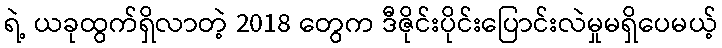
ရဲ့ ယခုထွက်ရှိလာတဲ့ 2018 တွေက ဒီဇိုင်းပိုင်းပြောင်းလဲမှုမရှိပေမယ့်